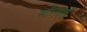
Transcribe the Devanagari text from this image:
स्टीनहार्ड्ट